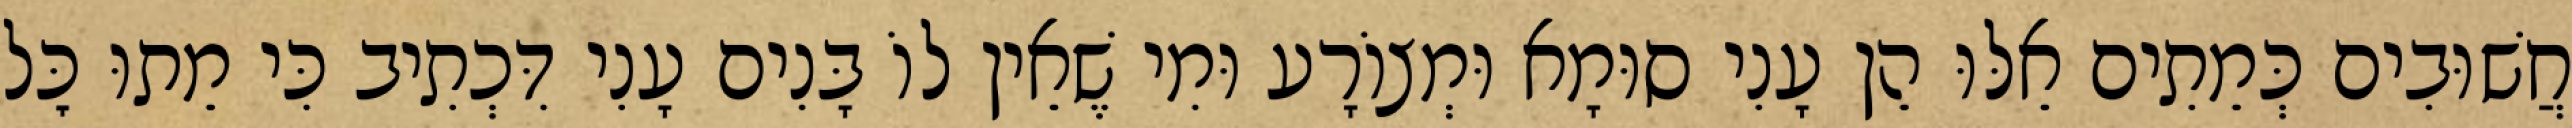
חֲשׁוּבִים כְּמֵתִים אֵלּוּ הֵן עָנִי סוּמָא וּמְצוֹרָע וּמִי שֶׁאֵין לוֹ בָּנִים עָנִי דִּכְתִיב כִּי מֵתוּ כׇּל